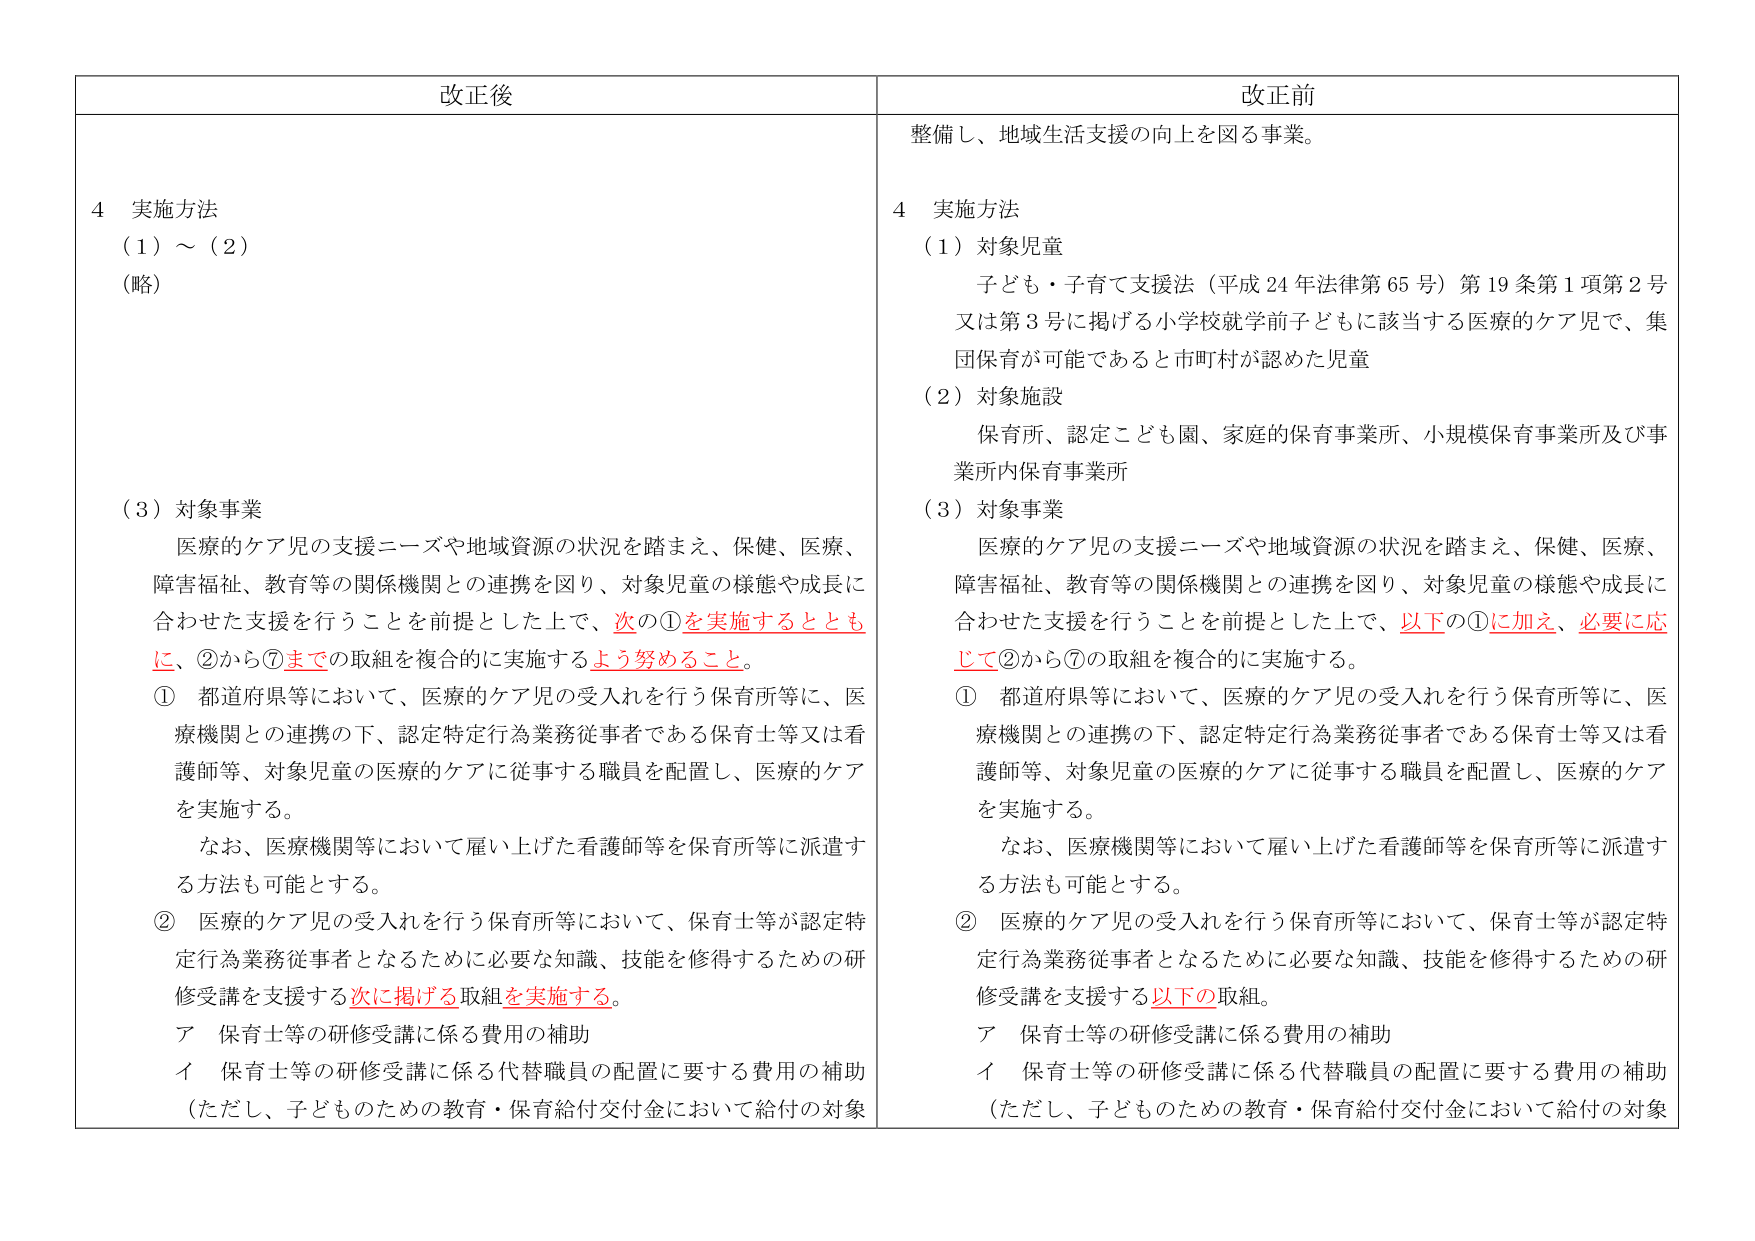
改正後

4 実施方法
（1）～（2）
（略）

（3）対象事業
医療的ケア児の支援ニーズや地域資源の状況を踏まえ、保健、医療、
障害福祉、教育等の関係機関との連携を図り、対象児童の様態や成長に
合わせた支援を行うことを前提とした上で、次の①を実施するととも
に、②から⑦までの取組を複合的に実施するよう努めること。
① 都道府県等において、医療的ケア児の受入れを行う保育所等に、医
療機関との連携の下、認定特定行為業務従事者である保育士等又は看
護師等、対象児童の医療的ケアに従事する職員を配置し、医療的ケア
を実施する。
　　なお、医療機関等において雇い上げた看護師等を保育所等に派遣す
る方法も可能とする。
② 医療的ケア児の受入れを行う保育所等において、保育士等が認定特
定行為業務従事者となるために必要な知識、技能を修得するための研
修受講を支援する次に掲げる取組を実施する。
　ア 保育士等の研修受講に係る費用の補助
　イ 保育士等の研修受講に係る代替職員の配置に要する費用の補助
　（ただし、子どものための教育・保育給付交付金において給付の対象

改正前

整備し、地域生活支援の向上を図る事業。

4 実施方法
（1）対象児童
　子ども・子育て支援法（平成24年法律第65号）第19条第1項第2号
又は第3号に掲げる小学校就学前子どもに該当する医療的ケア児で、集
団保育が可能であると市町村が認めた児童
（2）対象施設
　保育所、認定こども園、家庭的保育事業所、小規模保育事業所及び事
業所内保育事業所
（3）対象事業
　医療的ケア児の支援ニーズや地域資源の状況を踏まえ、保健、医療、
障害福祉、教育等の関係機関との連携を図り、対象児童の様態や成長に
合わせた支援を行うことを前提とした上で、以下の①に加え、必要に応
じて②から⑦の取組を複合的に実施する。
① 都道府県等において、医療的ケア児の受入れを行う保育所等に、医
療機関との連携の下、認定特定行為業務従事者である保育士等又は看
護師等、対象児童の医療的ケアに従事する職員を配置し、医療的ケア
を実施する。
　　なお、医療機関等において雇い上げた看護師等を保育所等に派遣す
る方法も可能とする。
② 医療的ケア児の受入れを行う保育所等において、保育士等が認定特
定行為業務従事者となるために必要な知識、技能を修得するための研
修受講を支援する以下の取組。
　ア 保育士等の研修受講に係る費用の補助
　イ 保育士等の研修受講に係る代替職員の配置に要する費用の補助
　（ただし、子どものための教育・保育給付交付金において給付の対象